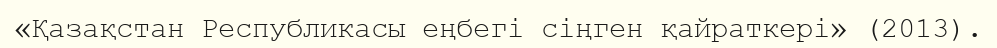
«Қазақстан Республикасы еңбегі сіңген қайраткері» (2013).